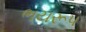
ભયરૂપ